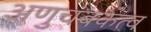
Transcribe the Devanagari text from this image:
अणुचंबकत्व